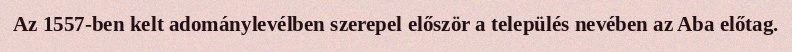
Az 1557-ben kelt adománylevélben szerepel először a település nevében az Aba előtag.